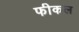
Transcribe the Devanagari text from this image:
फीकल